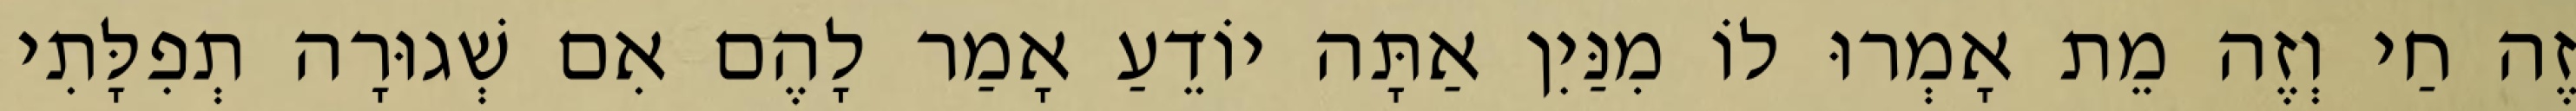
זֶה חַי וְזֶה מֵת אָמְרוּ לוֹ מִנַּיִן אַתָּה יוֹדֵעַ אָמַר לָהֶם אִם שְׁגוּרָה תְפִלָּתִי